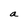
Character: a